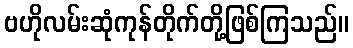
ဗဟိုလမ်းဆုံကုန်တိုက်တို့ဖြစ်ကြသည်။